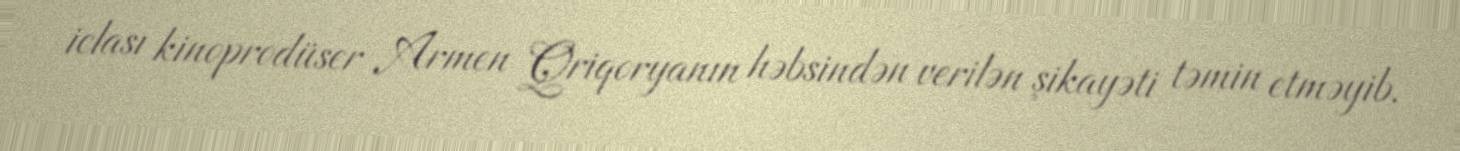
iclası kinoprodüser Armen Qriqoryanın həbsindən verilən şikayəti təmin etməyib.